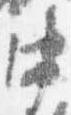
中